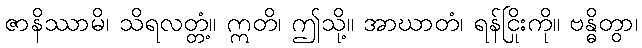
ဇာနိဿာမိ၊ သိရလတ္တံ့။ ဣတိ၊ ဤသို့။ အာဃာတံ၊ ရန်ငြိုးကို။ ဗန္ဓိတွာ၊